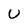
Character: U